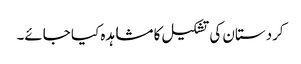
کردستان کی تشکیل کا مشاہدہ کیا جائے۔